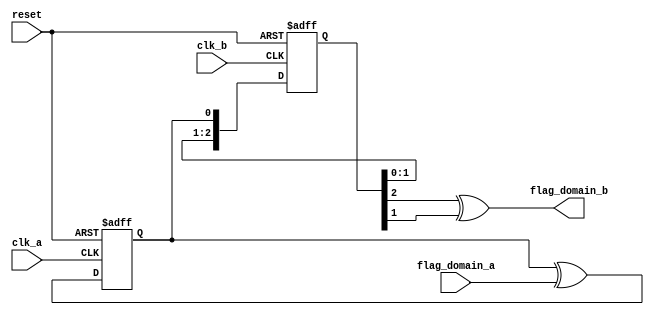
// -----------------------------------------------------------------------------
// Copyright  2017 Yauheni Lychkouski. All Rights Reserved
//
// Unauthorized copying of this file, via any medium is strictly prohibited
// Proprietary and confidential
// -----------------------------------------------------------------------------
// Description: Block for crossing flag from one clk domain to another
// -----------------------------------------------------------------------------


module crossdomain_flag (
    input         reset,
    input         clk_a,
    input         clk_b,
    input         flag_domain_a,
    output        flag_domain_b
);

    reg flag_toggle_domain_a;
    always @(posedge reset or posedge clk_a) begin
        if (reset) 
            flag_toggle_domain_a <= 1'b0;
        else
            flag_toggle_domain_a <= flag_toggle_domain_a ^ flag_domain_a;
    end


    reg [2:0] flag_domain_b_reg;
    always @(posedge reset or posedge clk_b) begin
        if (reset) 
            flag_domain_b_reg <= 3'b0;
        else
            flag_domain_b_reg <= {flag_domain_b_reg[1:0], flag_toggle_domain_a};
    end


    assign flag_domain_b = (flag_domain_b_reg[2] ^ flag_domain_b_reg[1]);

endmodule